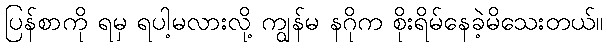
ပြန်စာကို ရမှ ရပါ့မလားလို့ ကျွန်မ နဂိုက စိုးရိမ်နေခဲ့မိသေးတယ်။